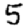
Digit: 5